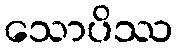
သောပိဿ